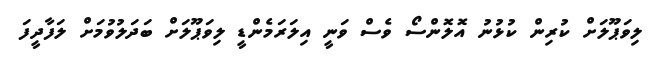
ލިވަޕޫލަށް ކުރިން ކުޅުނު އޮލޮންސޯ ވެސް ވަނީ އިލަރަމެންޑީ ލިވަޕޫލަށް ބަދަލުވުމަށް ލަފާދީފަ